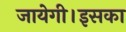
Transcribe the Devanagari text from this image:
जायेगी।इसका